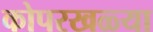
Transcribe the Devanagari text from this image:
कोपरखळ्या